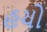
હયો